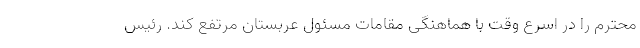
محترم را در اسرع وقت با هماهنگی مقامات مسئول عربستان مرتفع کند. رئیس